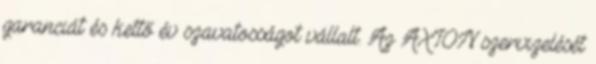
garanciát és kettő év szavatosságot vállalt. Az AXION szervizelését